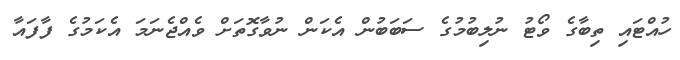
ހުއްޓައި ތިބާގެ ވޯޓު ނުލިބުމުގެ ސަބަބުން އެކަން ނުވާގޮތަށް ވެއްޖެނަމަ އެކަމުގެ ފާފައާ